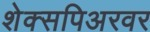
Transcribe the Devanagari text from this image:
शेक्सपिअरवर